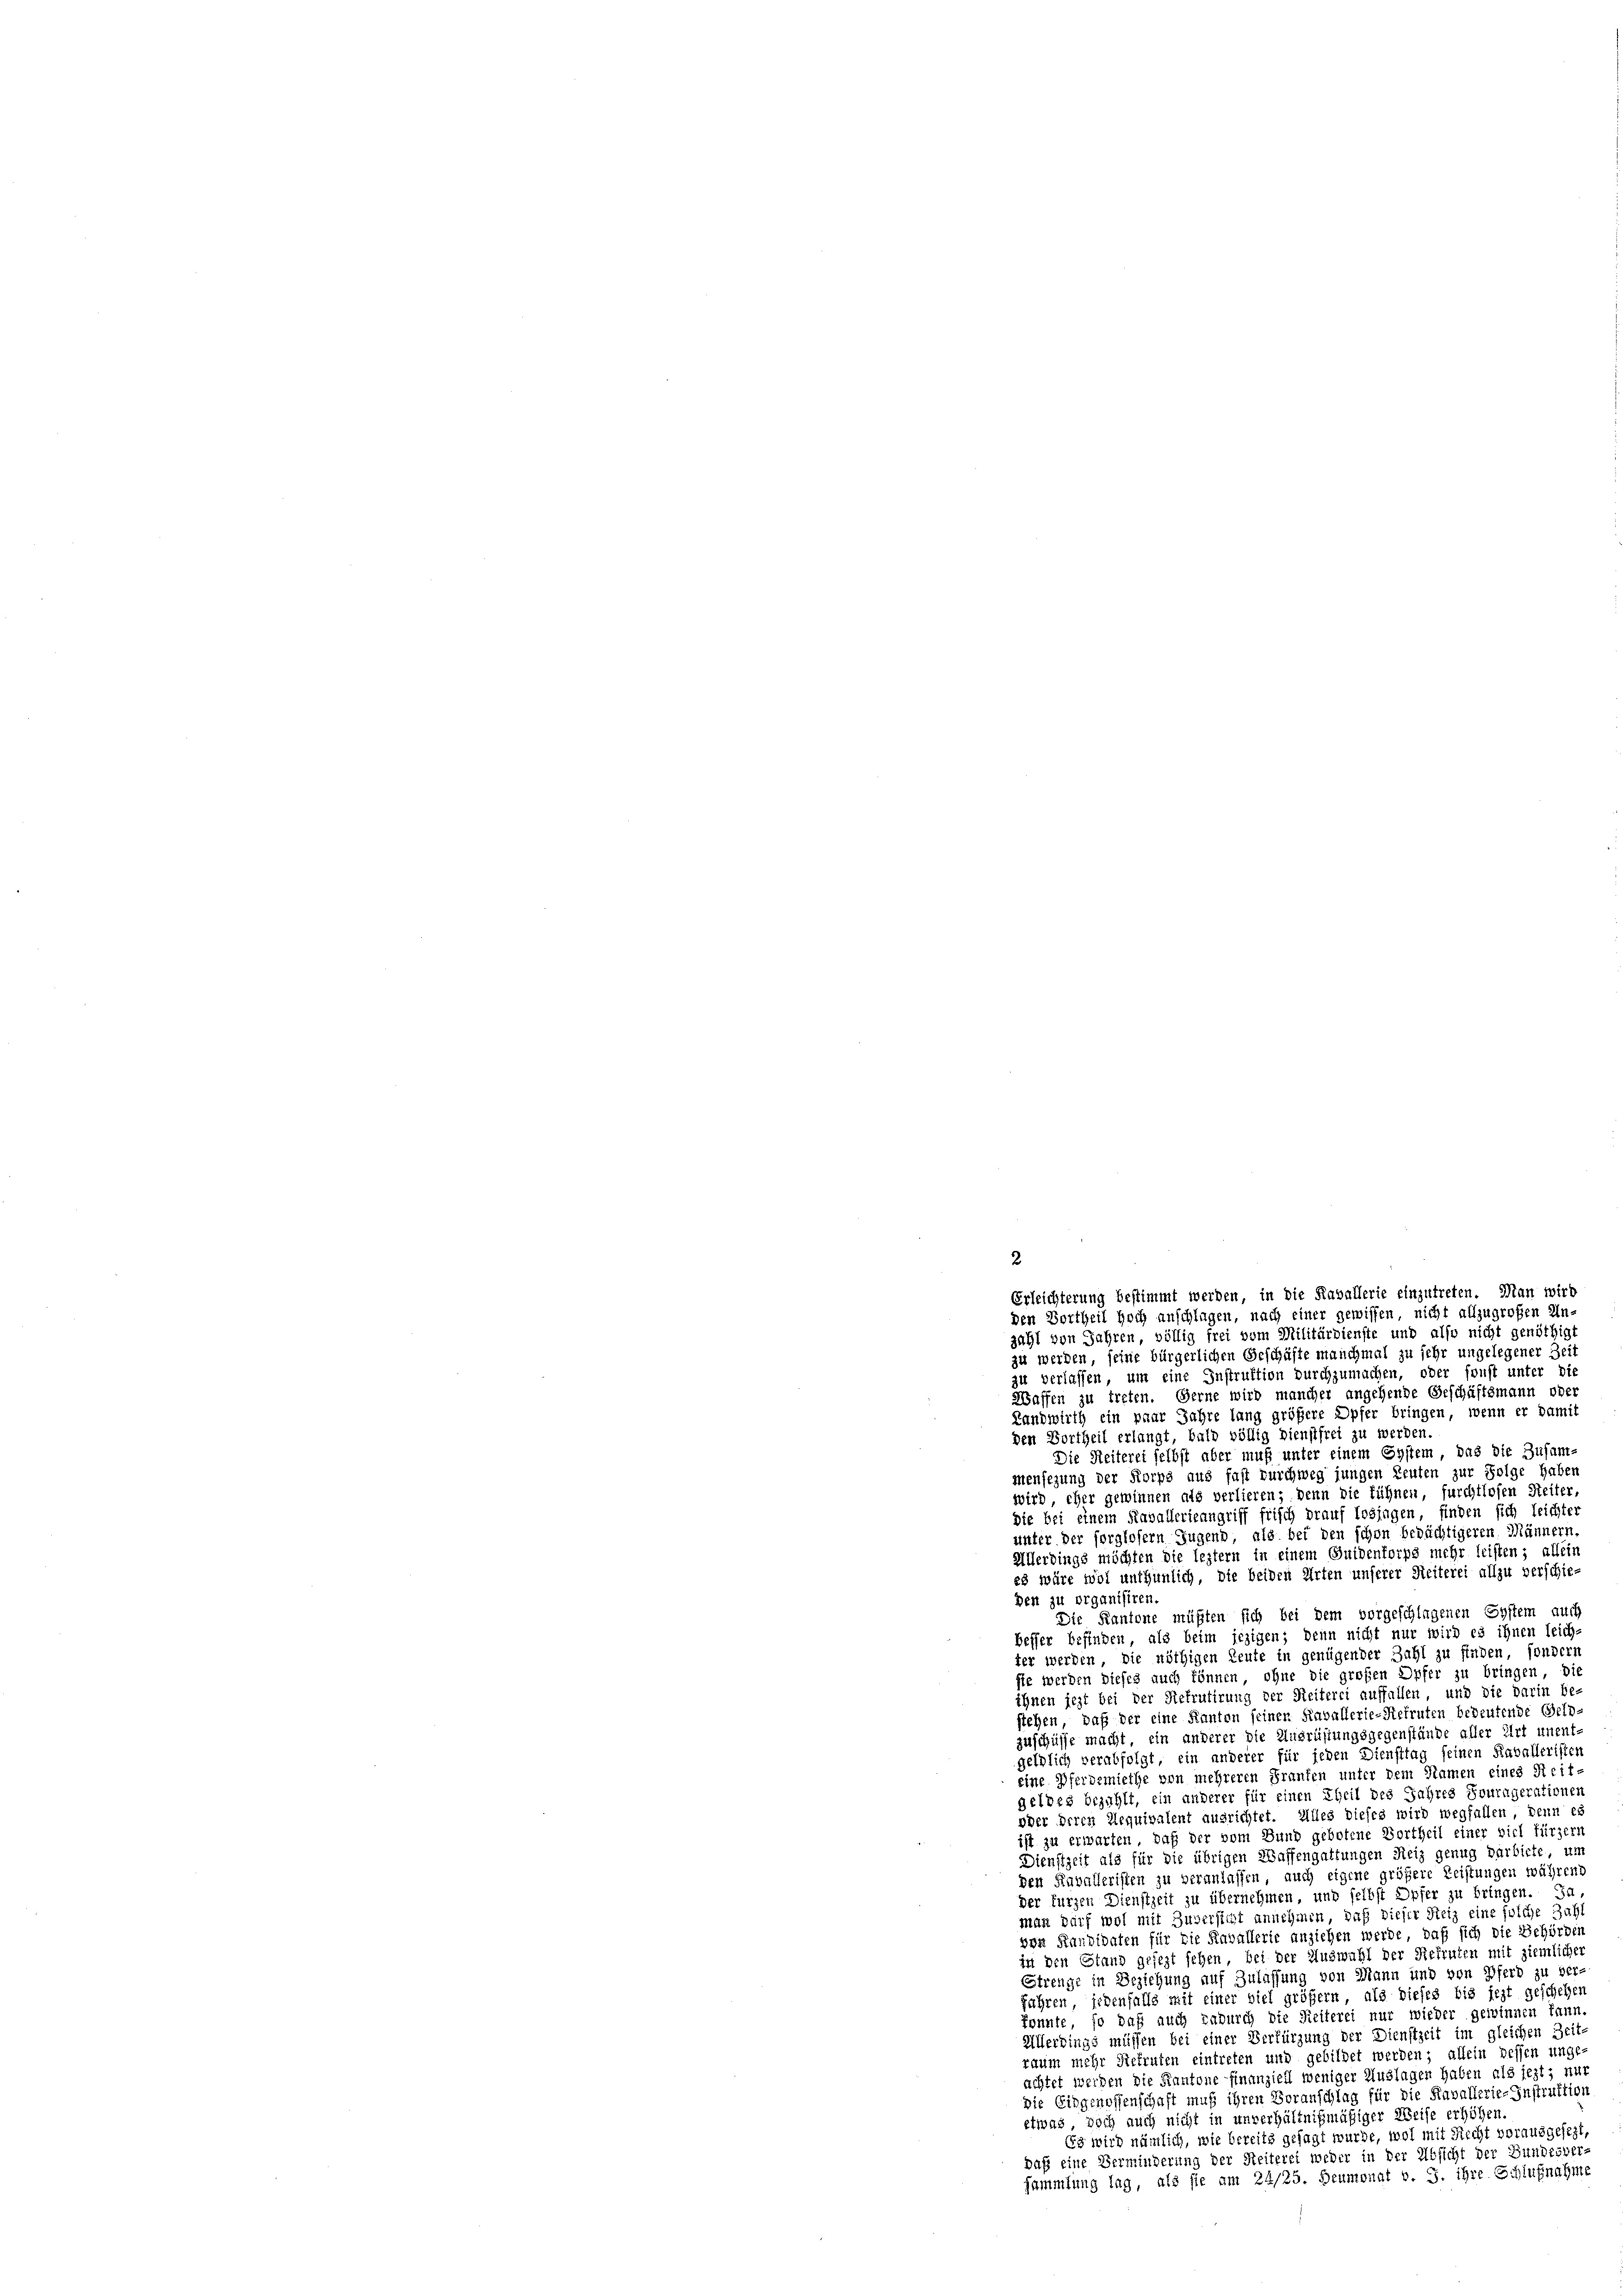
Erleichterung bestimmt werden, in die Kavallerie einzutreten. Man wird
den Vortheil hoch anschlagen, nach einer gewissen, nicht allzugroßen Un-
zahl von Jahren, völlig frei vom Militärdienste und also nicht genöthigt
zu werden, seine bürgerlichen Geschäfte manchmal zu sehr ungelegener Zeit
zu verlassen, um eine Instruktion durchzumachen, oder sonst unter die
Waffen zu treten. Gerne wird mancher angehende Geschäftsmann oder
Landwirth ein paar Jahre lang größere Opfer bringen, wenn er damit
den Vortheil erlangt, bald völlig dienstfrei zu werden.
Die Seiterei selbst aber muß unter einem Eystem, das die Zusam-
mensezung der Korps aus fast durchweg jungen Leuten zur Folge haben
wird, eher gewinnen als verlieren; denn die fühnen, furchtlosen Seiter,
die bei einem Kavallerieangriff frisch drauf losjagen, finden sich leichter
unter der sorglofern Jugend, als bei den schon bedächtigeren Männern
Allerdings möchten die leztern in einem Guidenforps mehr leisten; allein
es wäre wol unthunlich, die beiden Arten unserer Seiterei allzu verschie-
Den zu organisiren.
Die Kantone müßten sich bei dem vorgeschlagenen System auch
besser befinden, als beim jezigen; denn nicht nur wird es ihnen leich-
ter werden, die nöthigen Leute in genügender Zahl zu finden, sonders
sie werden dieses auch können, ohne die großen Opfer zu bringen, die
ihnen jezt bei der Stefrutirung der Reiterei auffallen, und die darin be-
stehen, daß der eine Kanton seinen Kavallerie-Refruten bedeutende Geld-
zuschüsse macht, ein anderer die Ausrüstungsgegenstände aller Art unent-
geldlich verabfolgt, ein anderer für jeden Diensttag seinen Kavalleristen
eine Pferdemiethe von mehreren Franken unter dem Namen eines Reit-
geldes bezahlt, ein anderer für einen Theil des Jahres Souragerationen
oder deren Requivalent ausrichtet. Alles dieses wird wegfallen, denn es
ist zu erwarten, daß der vom Bund gebotene Vortheil einer viel fürzer,
Dienstzeit als für die übrigen Waffengattungen Reiz genug darbiete, um
den Kavalleristen zu veranlassen, auch eigene größere Leistungen während
der kurzen Dienstzeit zu übernehmen, und selbst Opfer zu bringen. Ja,
man darf wol mit Zuversicht annehmen, daß dieser Reiz eine solche Zahl
von Kandidaten für die Kavallerie anziehen werde, daß sich die Behörden
in den Stand gesezt sehen, bei der Auswahl der Rekruten mit ziemlicher
Strenge in Beziehung auf Zulassung von Mann und von Pferd zu ver-
fahren, jedenfalls mit einer viel größern, als dieses bis jezt geschehen
konnte, so daß auch dadurch die Reiterei nur wieder gewinnen kann.
Allerdings müssen bei einer Verkürzung der Dienstzeit im gleichen Zeit-
raum mehr Rekruten eintreten und gebildet werden; allein dessen unge-
achtet werden die Kantone finanziell weniger Auslagen haben als jezt; nur
die Eidgenossenschaft muß ihren Voranschlag für die Kavallerie-Instruktion
etwas, doch auch nicht in unverhältnigmäßiger Weise erhöhen.
Es wird nämlich, wie bereits gesagt wurde, wol mit Recht vorausgesezt,
Daß eine Verminderung der Reiterei weder in der Absicht der Bundesver-
Sammlung lag, als sie am 24/25. Heumonat v. J. ihre Schlußnahme